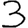
Digit: 3